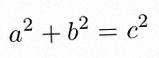
a^2+b^2=c^2